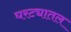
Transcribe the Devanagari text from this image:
घरट्यातल